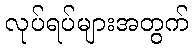
လုပ်ရပ်များအတွက်